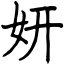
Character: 妍